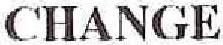
CHANGE